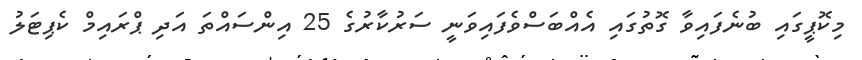
މިކޮޕީގައި ބުނެފައިވާ ގޮތުގައި އެއްބަސްވެފައިވަނީ ސަރުކާރުގެ 25 އިންސައްތަ އަދި ޕްރައިމް ކެޕިޓަލު